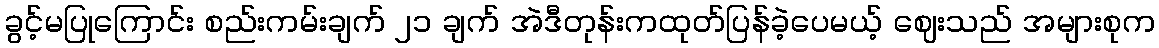
ခွင့်မပြုကြောင်း စည်းကမ်းချက် ၂၁ ချက် အဲဒီတုန်းကထုတ်ပြန်ခဲ့ပေမယ့် ဈေးသည် အများစုက